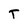
Character: T